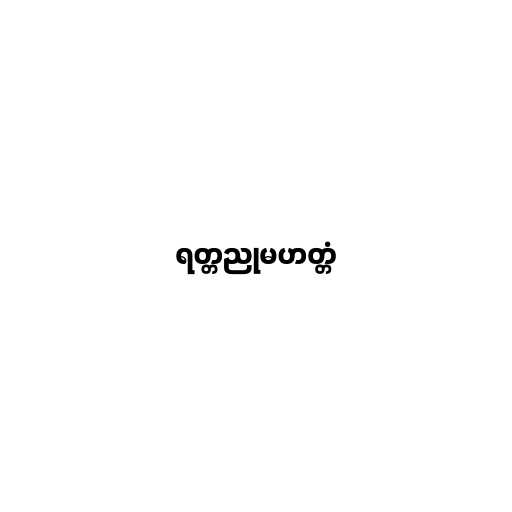
ရတ္တညုမဟတ္တံ